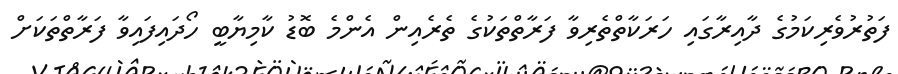
ފަތުރުވެރިކަމުގެ ދާއިރާގައި ހަރަކާތްތެރިވާ ފަރާތްތަކުގެ ތެރެއިން އެންމެ ބޮޑު ކާމިޔާބީ ހޯދައިފައިވާ ފަރާތްތަކަށް